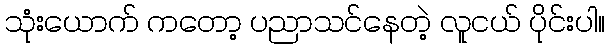
သုံးယောက် ကတော့ ပညာသင်နေတဲ့ လူငယ် ပိုင်းပါ။